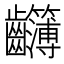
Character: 𪚈